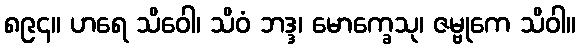
၈၉၄။ ဟရေ သိဝေါ၊ သိဝံ ဘဒ္ဒ၊ မောက္ခေသု၊ ဇမ္ဗုကေ သိဝါ။